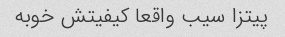
پیتزا سیب واقعا کیفیتش خوبه